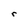
Character: r